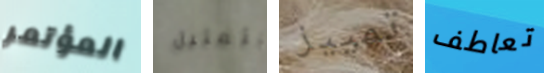
المؤتمر بتمثيل تمييز تعاطف